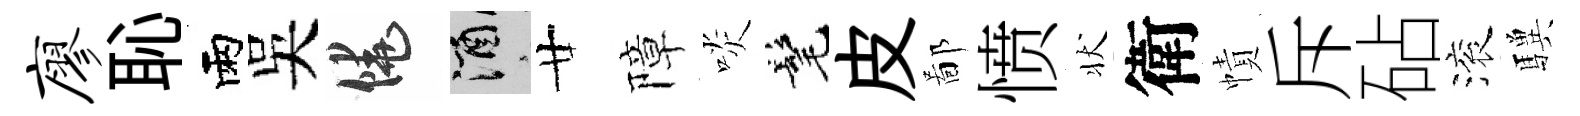
廖恥雨吴饒酒廿障啖髦皮鄙愤状衛幘斥砧滚驥